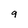
Character: 9